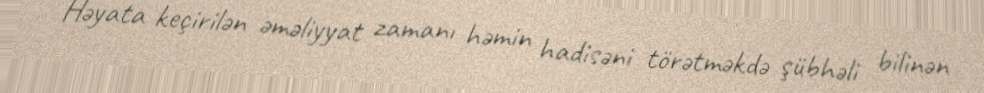
Həyata keçirilən əməliyyat zamanı həmin hadisəni törətməkdə şübhəli bilinən